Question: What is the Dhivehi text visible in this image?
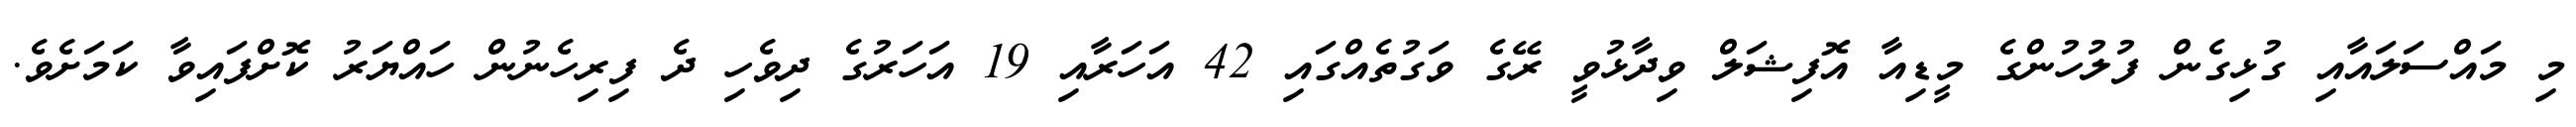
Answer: މި މައްސަލައާއި ގުޅިގެން ފުލުހުންގެ މީޑިއާ އޮފިޝަލް ވިދާޅުވީ ރޭގެ ވަގުތެއްގައި 42 އަހަރާއި 19 އަހަރުގެ ދިވެހި ދެ ފިރިހެނުން ހައްޔަރު ކޮށްފައިވާ ކަމަށެވެ.